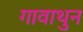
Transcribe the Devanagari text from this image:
गावाथुन